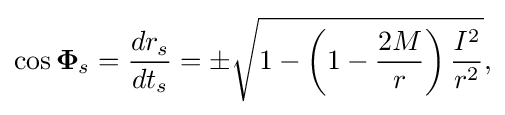
\cos {\boldsymbol {\Phi }}_{s}={\frac {dr_{s}}{dt_{s}}}=\pm {\sqrt {1-\left(1-{\frac {2M}{r}}\right){\frac {{\mathit {I}}^{2}}{r^{2}}}}},\,\!